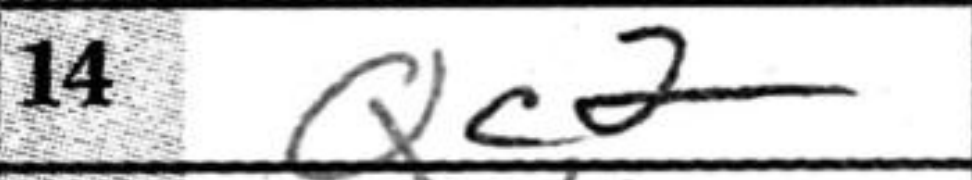
Transcription: Qc2